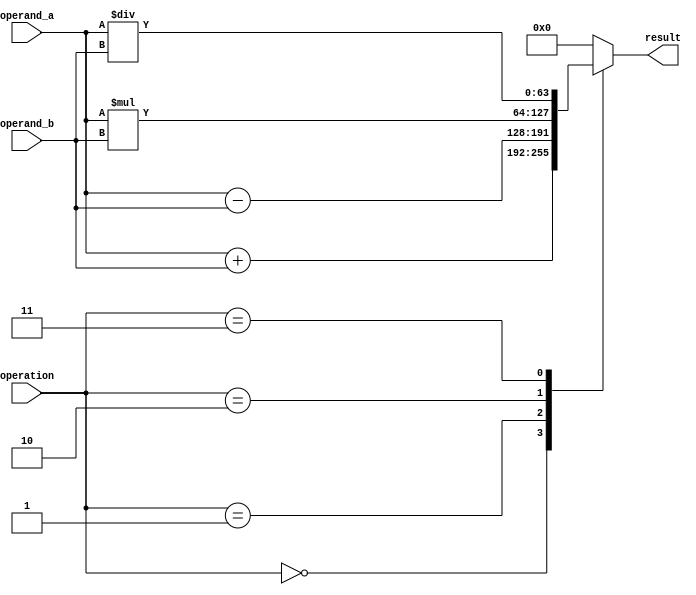
module triple_precision_fpu (
    input wire [63:0] operand_a,
    input wire [63:0] operand_b,
    input wire [2:0] operation,
    output reg [63:0] result
);

// adder, multiplier, shifter, and control logic components

always @(*) begin
    case(operation)
        3'b000: // addition
            result = operand_a + operand_b;
        3'b001: // subtraction
            result = operand_a - operand_b;
        3'b010: // multiplication
            result = operand_a * operand_b;
        3'b011: // division
            result = operand_a / operand_b;
        // other arithmetic operations can be added here
        default: result = 64'h0000000000000000; // default to 0 for invalid operation
    endcase
end

endmodule